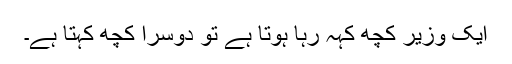
ایک وزیر کچھ کہہ رہا ہوتا ہے تو دوسرا کچھ کہتا ہے۔